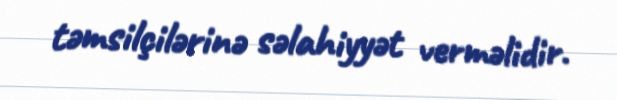
təmsilçilərinə səlahiyyət verməlidir.